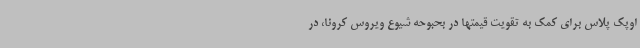
اوپک پلاس برای کمک به تقویت قیمتها در بحبوحه شیوع ویروس کرونا، در